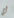
أي